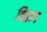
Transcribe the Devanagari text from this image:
विहाग